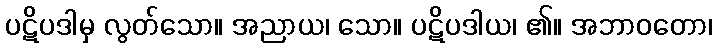
ပဋိပဒါမှ လွတ်သော။ အညာယ၊ သော။ ပဋိပဒါယ၊ ၏။ အဘာဝတော၊